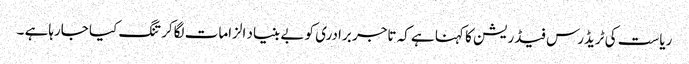
ریاست کی ٹریڈرس فیڈریشن کا کہنا ہے کہ تاجر برادری کو بے بنیاد الزامات لگاکر تنگ کیا جارہاہے ۔